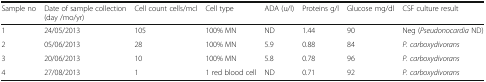
<table><thead><tr><td><b>Sample no</b></td><td><b>Date of sample collection (day /mo/yr)</b></td><td><b>Cell count cells/mcl</b></td><td><b>Cell type</b></td><td><b>ADA (u/l)</b></td><td><b>Proteins g/l</b></td><td><b>Glucose mg/dl</b></td><td><b>CSF culture result</b></td></tr></thead><tbody><tr><td>1</td><td>24/05/2013</td><td>105</td><td>100% MN</td><td>ND</td><td>1.44</td><td>90</td><td>Neg (<i>Pseudonocardia</i> ND)</td></tr><tr><td>2</td><td>05/06/2013</td><td>28</td><td>100% MN</td><td>5.9</td><td>0.88</td><td>84</td><td><i>P. carboxydivorans</i></td></tr><tr><td>3</td><td>20/06/2013</td><td>10</td><td>100% MN</td><td>5.8</td><td>0.78</td><td>96</td><td><i>P. carboxydivorans</i></td></tr><tr><td>4</td><td>27/08/2013</td><td>1</td><td>1 red blood cell</td><td>ND</td><td>0.71</td><td>92</td><td><i>P. carboxydivorans</i></td></tr></tbody></table>